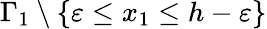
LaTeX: \Gamma_{1}\setminus\{ \varepsilon\leq x_{1}\leq h-\varepsilon\}